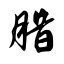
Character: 腊